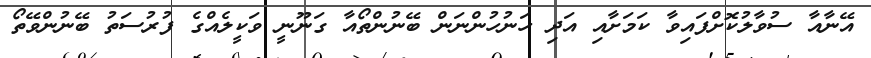
އޭނާއާ ސުވާލުކޮށްފައިވާ ކަމަށާއި އަދި ހަނުހުންނަން ބޭނުންތޯއާ ގަނޫނީ ވަކީލެއްގެ ފުރުސަތު ބޭނުންވޭތޯ